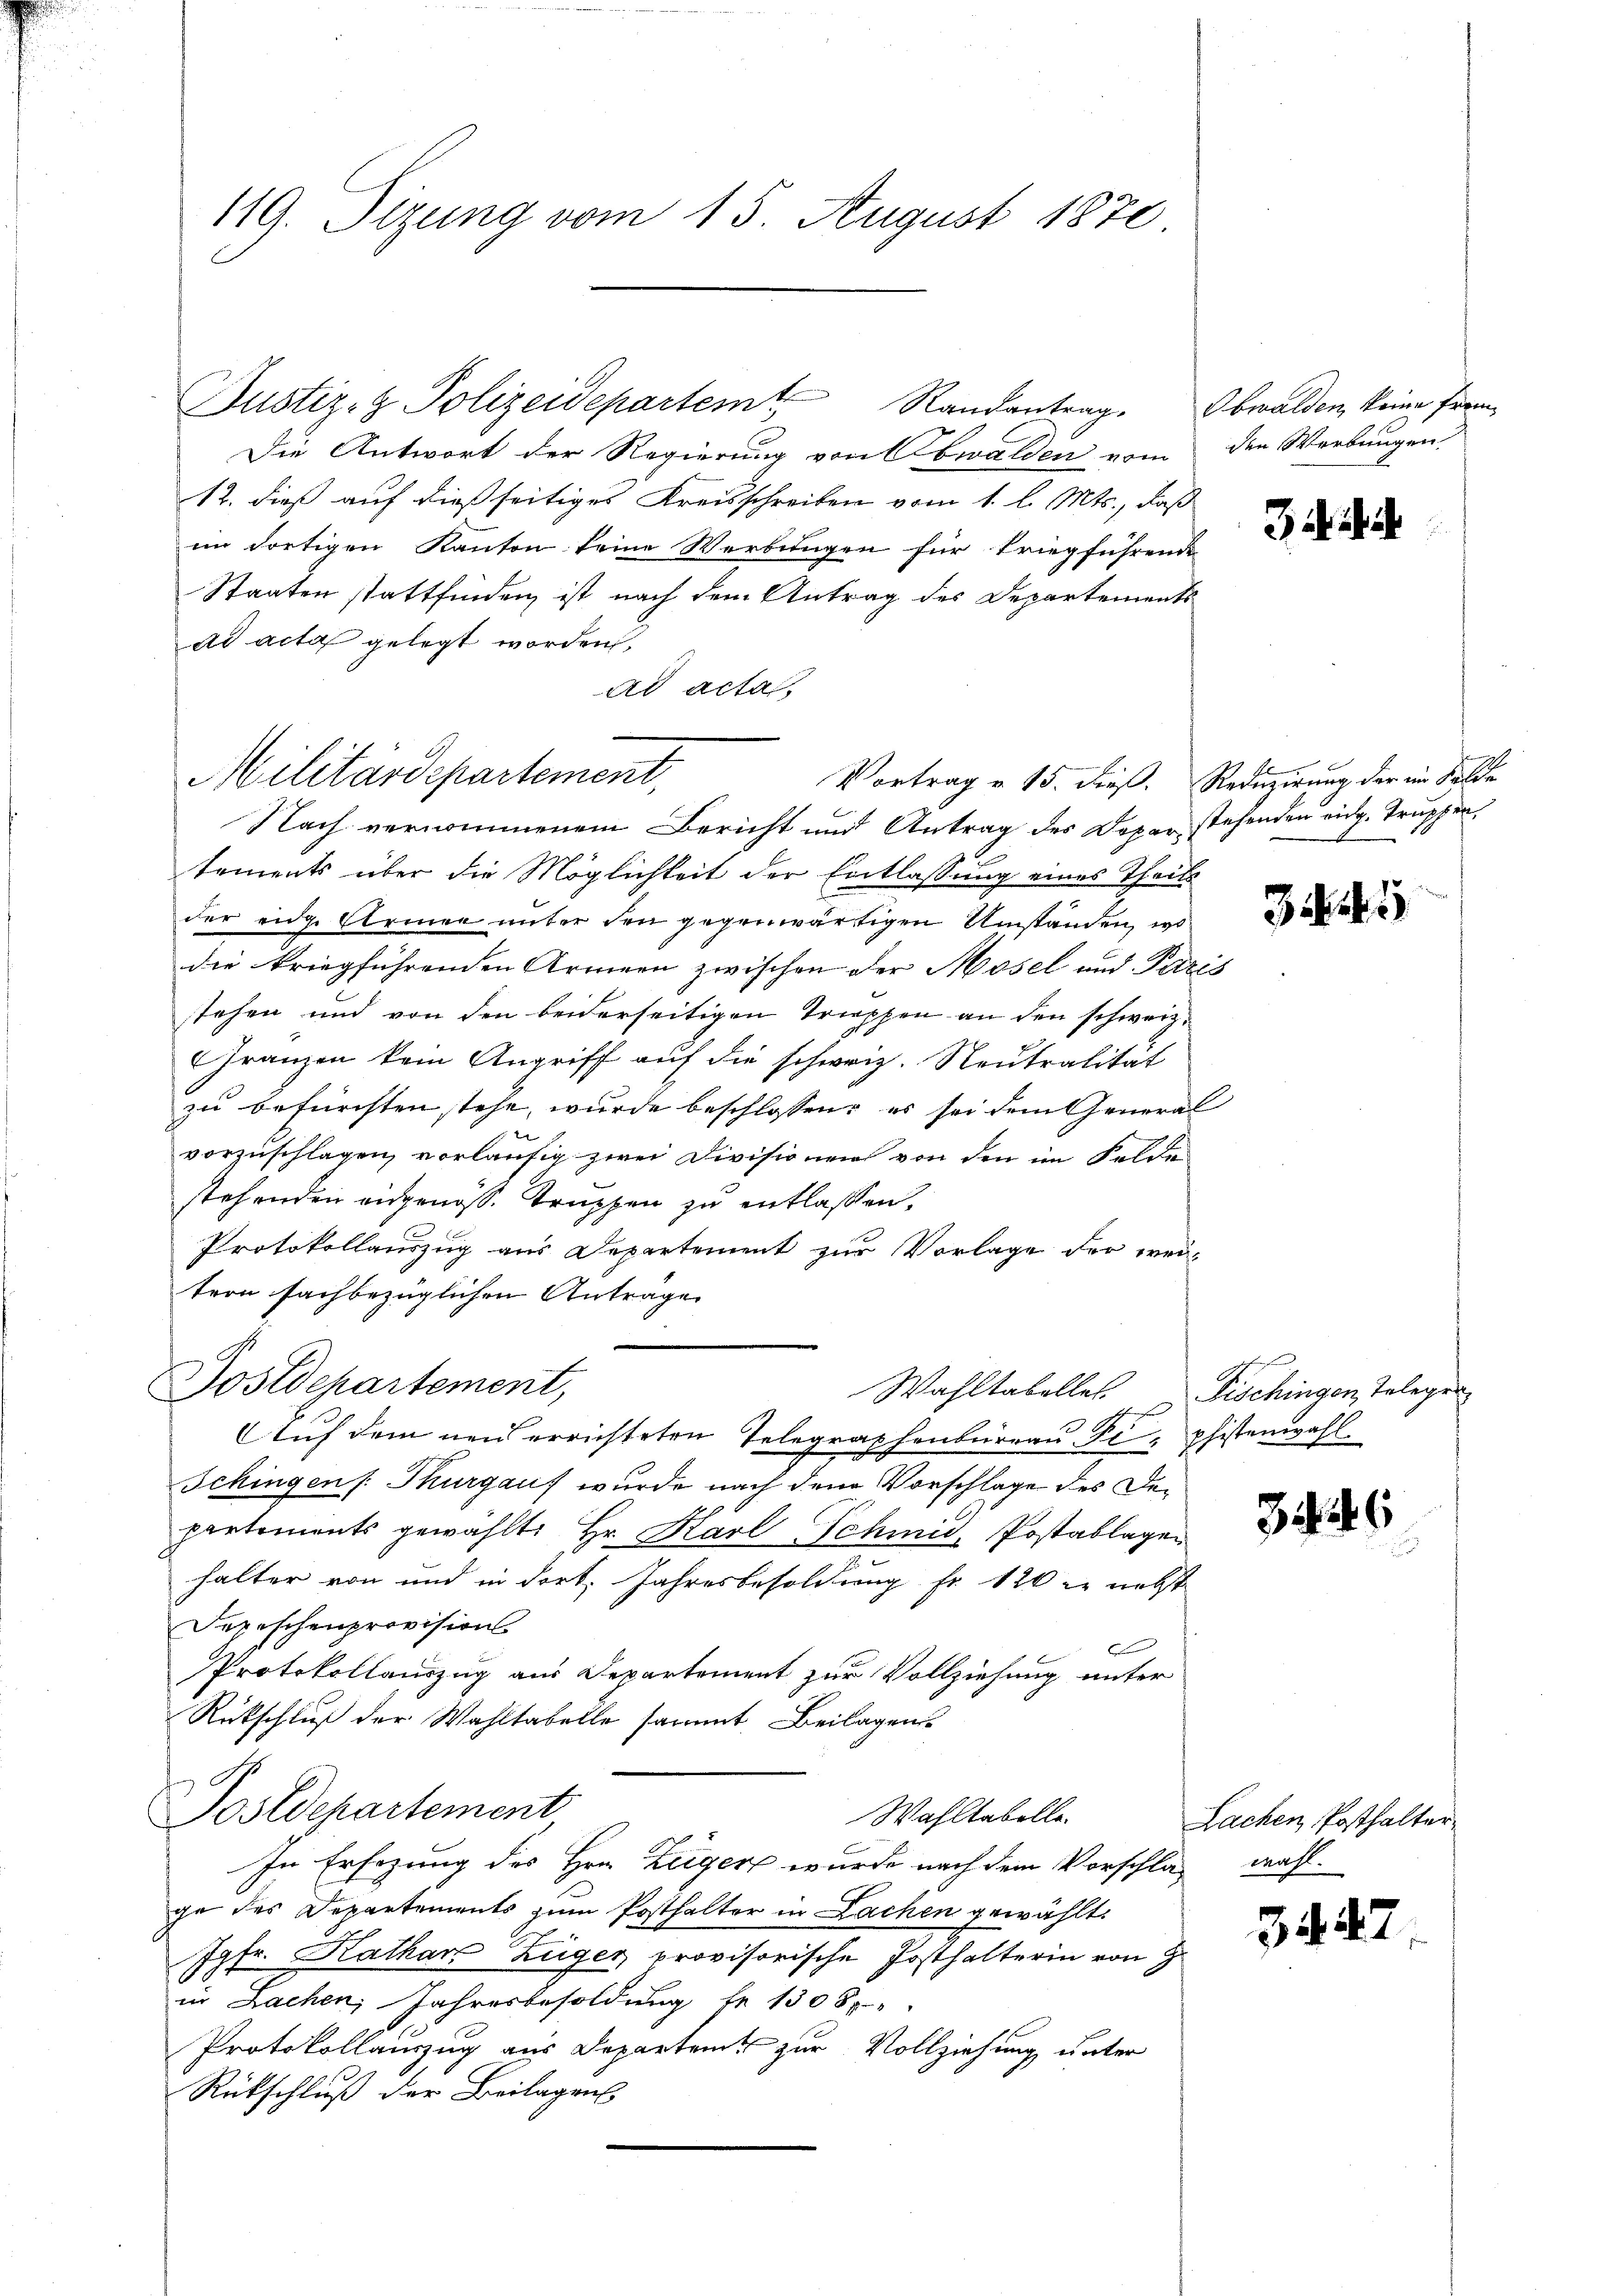
119. Sitzung vom 15. August 1870

Justiz- & Polizeidepartem Randantrag. Obwalden, keine Frem¬

Die Antwort der Regierung von Obwalden vom den Werbungen,
12. dieß auf dießseitiges Kreisschreiben vom 1. l. Mts., daß
im dortigen Kanton keine Werbungen für Friegführende
Staaten stattfinden, ist nach dem Antrag des Departements
ad acta gelegt worden,
ad acta
Vortrag v. 15. dieß. Reduzirung der im Falle
Nach vernommenem Bericht und Antrag des Dopar stehenden eidg. Truppentements über die Möglichkeit der Entlassung eines Theils
der eidge Erinen unter den gegenwärtigen Umstanden, w
die kriegführenden Armeen zwischen der Mosel und Paris
stehen und von den beiderseitigen Treppen an den schweiz.
GGränzen kein Angriff auf die schweiz. Neutralität
zu befürchten stehe, wurde beschlossen, es sei dem General
vorzuschlagen, vorläufig zwei Divisionen von den im Felde
stehenden eidgenöss. Struppen zu entlassen,
Protokollauszug aus Departement zur Vorlage der wei-
tern sachbezüglichen Anträge
Sostdepartement,
Wahltabelles.
Auf dem neu errichteten Telegraphenbureau Fe-phistenwahl
Schingen /: Thurgaus wurde nach den Vorschlage des Departements gewählt: Hr. Karl Schmid, Postablagen
halter von und in dort. Jahresbesoldung fr. 120 r nebst
Depeschenprovisions
b
Protokollauszug aus Departement zur Vollziehung unter
Rückschluß der Wahltabelle sammt Beilagen
Postdepartement
Wahltabelle.
In Ersezung des Hrn. Züger wurde nach dem Vorschlag wahl
ge des Departements zum Posthalter in Lachen gewählt.
Jgfr. Kathan Züger provisorische Josthalterin von H.
1
in Lachen, Jahresbesoldung fr. 1308
Protokollauszug aus Departent zur Vollziehung unter
Rückschluß der Beilagen

Militärdepartement,

3

F
Tischingen Telegen

346

Lachen Posthalter

34

47